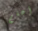
أعلم